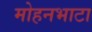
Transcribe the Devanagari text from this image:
मोहनभाटा